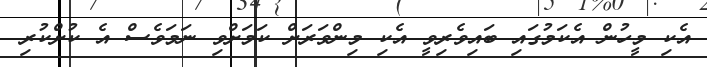
އެކި މީހުން އެކަމުގައި ބައިވެރިވީ އެކި މިންވަރަށް ކަމަށްވި ނަމަވެސް އެ ކުށްކުރި